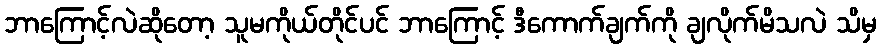
ဘာကြောင့်လဲဆိုတော့ သူမကိုယ်တိုင်ပင် ဘာကြောင့် ဒီကောက်ချက်ကို ချလိုက်မိသလဲ သိမှ